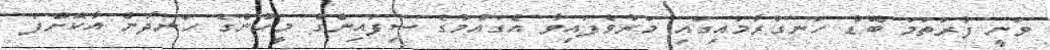
ވަނީ ފުރަތަމަ ބޮޑު ހަނގުރާމައިގައި މަރުވެފައިވާ އެގައުމުގެ ސިފައިންގެ މީހުންގެ ހަނދާން އާކޮށްފަ